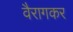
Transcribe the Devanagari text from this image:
वैरागकर